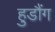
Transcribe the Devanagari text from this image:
हुडौंग